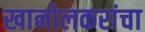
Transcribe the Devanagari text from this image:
खानोलकरांचा